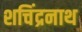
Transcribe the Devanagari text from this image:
शचिंद्रनाथ